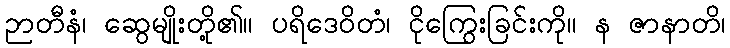
ဉာတီနံ၊ ဆွေမျိုးတို့၏။ ပရိဒေဝိတံ၊ ငိုကြွေးခြင်းကို။ န ဇာနာတိ၊